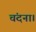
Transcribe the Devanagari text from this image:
चंदना।